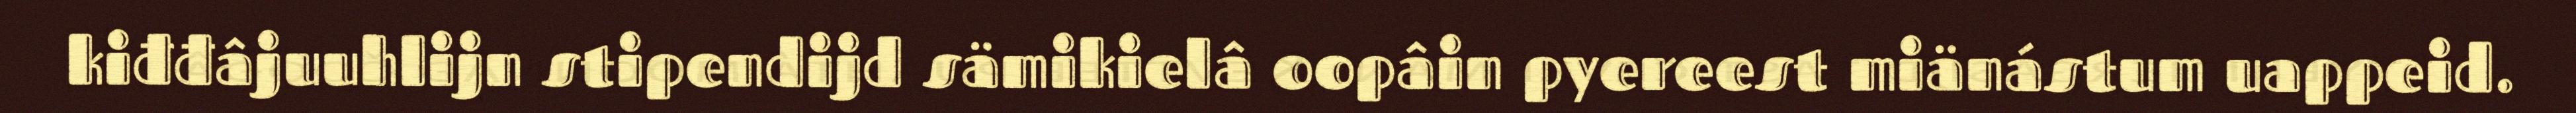
kiđđâjuuhlijn stipendijd sämikielâ oopâin pyereest miänástum uappeid.